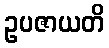
ဥပဇာယတိ